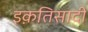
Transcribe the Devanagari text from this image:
इक़तिसादी